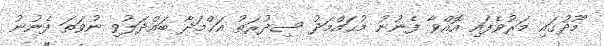
މޫދުގައި މަރުވެފައި އޮއްވާ ފެނުނު މުޙައްމަދު ސިދުރަތު އަޙްމަދާ ބައްދަލުވި ނުވަތަ ފެނުނު